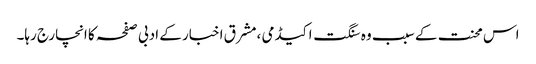
اس محنت کے سبب وہ سنگت اکیڈمی ،مشرق اخبار کے ادبی صفحہ کا انچارج رہا۔